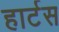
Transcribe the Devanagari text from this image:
हार्टस